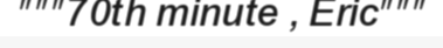
"""70th minute , Eric"""